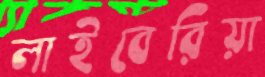
লাইবেরিয়া